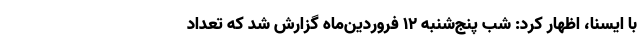
با ایسنا، اظهار کرد: شب پنج‌شنبه ۱۲ فروردین‌ماه گزارش شد که تعداد